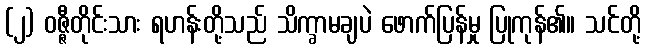
(၂) ဝဇ္ဇီတိုင်းသား ရဟန်းတို့သည် သိက္ခာမချပဲ ဖောက်ပြန်မှု ပြုကုန်၏။ သင်တို့